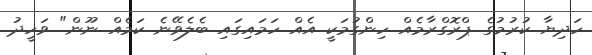
ހަދިޔާ ކުރުމުގެ ޕްރޮގްރާމެއް ހިންގުމަކީ އެއް ހަމައިގައި ބެލެވޭނެ ކަމެއް ނޫން" ވަހީދު